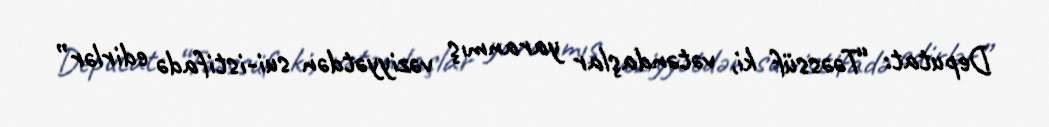
Deputat: “Təəssüf ki, vətəndaşlar yaranmış vəziyyətdən sui-istifadə edirlər”